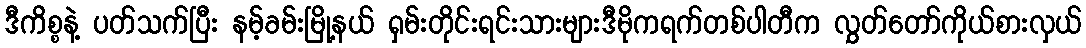
ဒီကိစ္စနဲ့ ပတ်သက်ပြီး နမ့်ခမ်းမြို့နယ် ရှမ်းတိုင်းရင်းသားများဒီမိုကရက်တစ်ပါတီက လွှတ်တော်ကိုယ်စားလှယ်